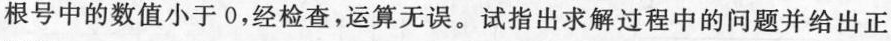
根号中的数值小于0，经检查，运算无误。试指出求解过程中的问题并给出正